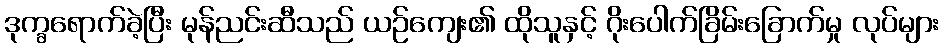
ဒုက္ခရောက်ခဲ့ပြီး မုန်ညင်းဆီသည် ယဉ်ကျေး၏ ထိုသူနှင့် ဂိုးပေါက်ခြိမ်းခြောက်မှု လုပ်များ